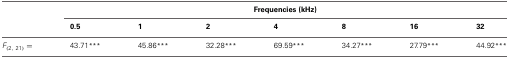
<table><thead><tr><td>[EMPTY_CELL]</td><td colspan="7"><b>Frequencies (kHz)</b></td></tr><tr><td>[EMPTY_CELL]</td><td><b>0.5</b></td><td><b>1</b></td><td><b>2</b></td><td><b>4</b></td><td><b>8</b></td><td><b>16</b></td><td><b>32</b></td></tr></thead><tbody><tr><td><i>F</i><sub>(2, 21)</sub> = </td><td>43.71<sup>***</sup></td><td>45.86<sup>***</sup></td><td>32.28<sup>***</sup></td><td>69.59<sup>***</sup></td><td>34.27<sup>***</sup></td><td>27.79<sup>***</sup></td><td>44.92<sup>***</sup></td></tr></tbody></table>